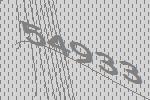
54933